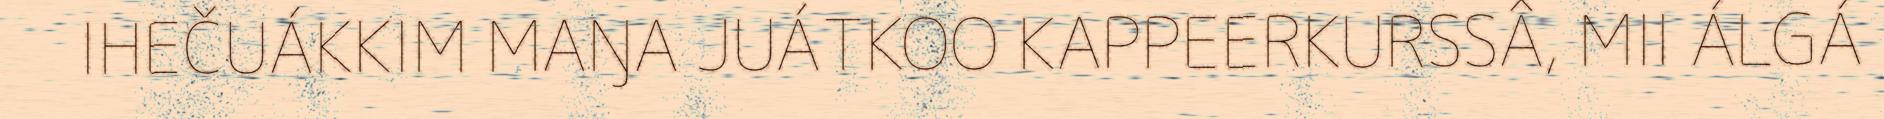
IHEČUÁKKIM MAŊA JUÁTKOO KAPPEERKURSSÂ, MII ÁLGÁ